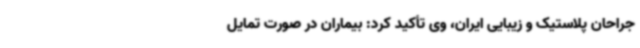
جراحان پلاستیک و زیبایی ایران، وی تأکید کرد: بیماران در صورت تمایل